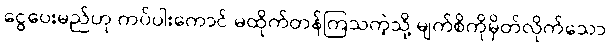
ငွေပေးမည်ဟု ကပ်ပါးကောင် မထိုက်တန်ကြသကဲ့သို့ မျက်စိကိုမှိတ်လိုက်သော